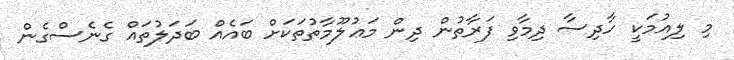
މި ލިއުމަކީ ހާދިސާ ދިމާވި ފަރާތުން ދިން މަޢުލޫމާތުތަކަށް ބައެއް ބަދަލުތައް ގެނެސްގެން